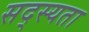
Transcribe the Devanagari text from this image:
सद्स्यता